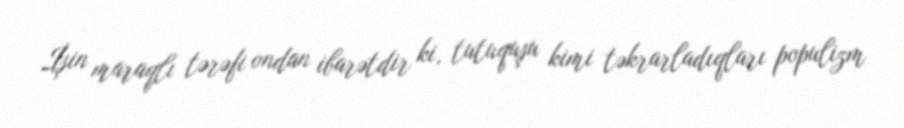
İşin maraqlı tərəfi ondan ibarətdir ki, tutuquşu kimi təkrarladıqları populizm